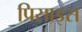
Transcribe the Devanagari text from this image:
प्रिसाइस